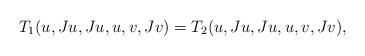
LaTeX: \begin{align*}T_1(u,Ju,Ju,u,v,Jv)=T_2(u,Ju,Ju,u,v,Jv),\end{align*}